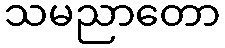
သမညာတော